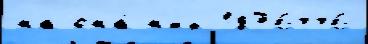
на она́ н'их 1876446